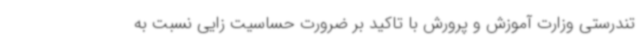
تندرستی وزارت آموزش و پرورش با تاکید بر ضرورت حساسیت زایی نسبت به